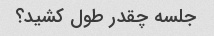
جلسه چقدر طول کشید؟